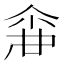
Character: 𠋓